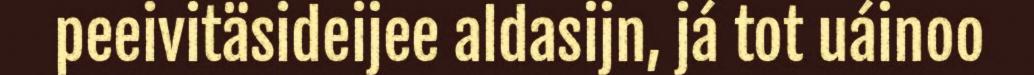
peeivitäsideijee aldasijn, já tot uáinoo